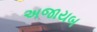
અજાયબ